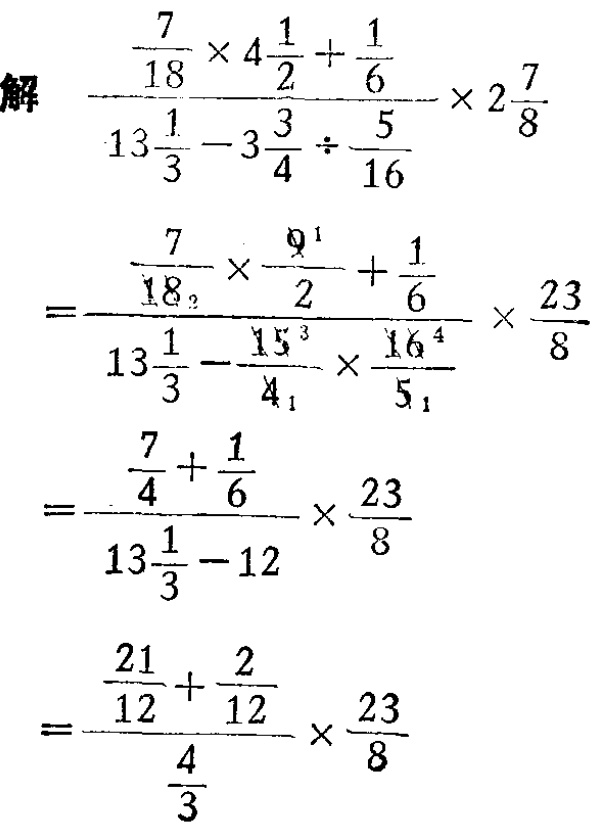
\[

\begin{align*}

&解\frac{\frac{7}{18}\times4\frac{1}{2}+\frac{1}{6}}{13\frac{1}{3}-3\frac{3}{4}\div\frac{5}{16}}\times2\frac{7}{8}\\

=&\frac{\frac{7}{18}\times\frac{9}{2}+\frac{1}{6}}{13\frac{1}{3}-\frac{15}{4}\times\frac{16}{5}}\times\frac{23}{8}\\

=&\frac{\frac{7}{4}+\frac{1}{6}}{13\frac{1}{3}-12}\times\frac{23}{8}\\

=&\frac{\frac{21}{12}+\frac{2}{12}}{\frac{4}{3}}\times\frac{23}{8}

\end{align*}

\]